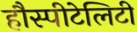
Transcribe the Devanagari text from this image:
हौस्पीटेलिटी